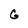
Character: G